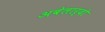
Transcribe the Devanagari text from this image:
अबेलार्दो